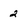
Character: 2